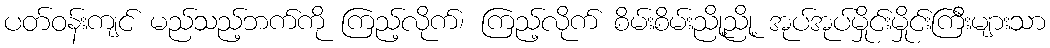
ပတ်ဝန်းကျင် မည်သည့်ဘက်ကို ကြည့်လိုက်၊ ကြည့်လိုက် စိမ်းစိမ်းညို့ညို့ အုပ်အုပ်မှိုင်းမှိုင်းကြီးများသာ